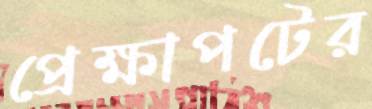
প্রেক্ষাপটের